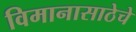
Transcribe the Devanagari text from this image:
विमानासाठेचे